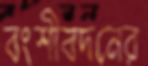
বংশীবদনের